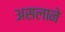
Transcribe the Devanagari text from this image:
असलाने